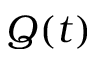
Q ( t )